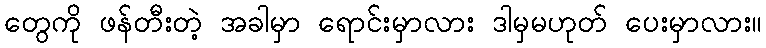
တွေကို ဖန်တီးတဲ့ အခါမှာ ရောင်းမှာလား ဒါမှမဟုတ် ပေးမှာလား။